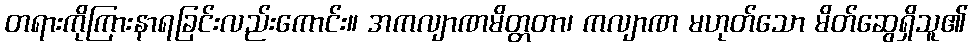
တရားကိုကြားနာရခြင်းလည်းကောင်း။ အကလျာဏမိတ္တတာ၊ ကလျာဏ မဟုတ်သော မိတ်ဆွေရှိသူ၏